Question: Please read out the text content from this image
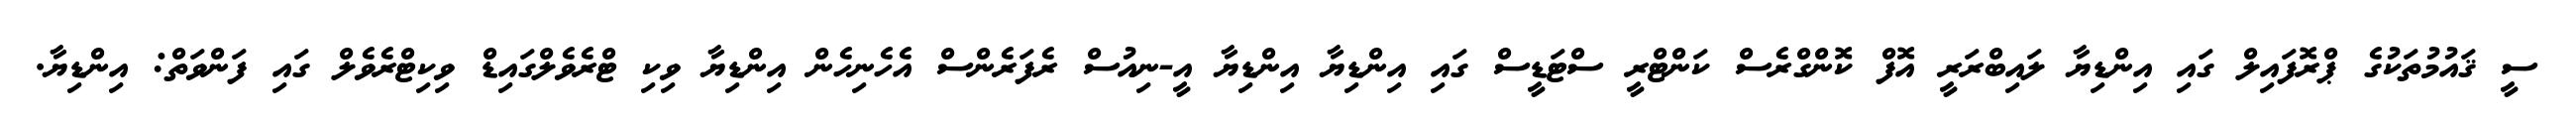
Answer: ސީ ޤައުމުތަކުގެ ޕްރޮފައިލް ގައި އިންޑިޔާ ލައިބްރަރީ އޮފް ކޮންގްރެސް ކަންޓްރީ ސްޓަޑީސް ގައި އިންޑިޔާ އިންޑިޔާ އީ-ނިއުސް ރެފަރެންސް އެހެނިހެން އިންޑިޔާ ވިކި ޓްރެވެލްގައިޑް ވިކިޓްރެވެލް ގައި ފަންވަތް: އިންޑިޔާ.